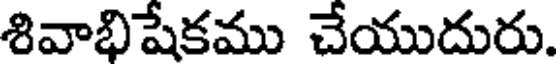
శివాభిషేకము చేయుదురు.